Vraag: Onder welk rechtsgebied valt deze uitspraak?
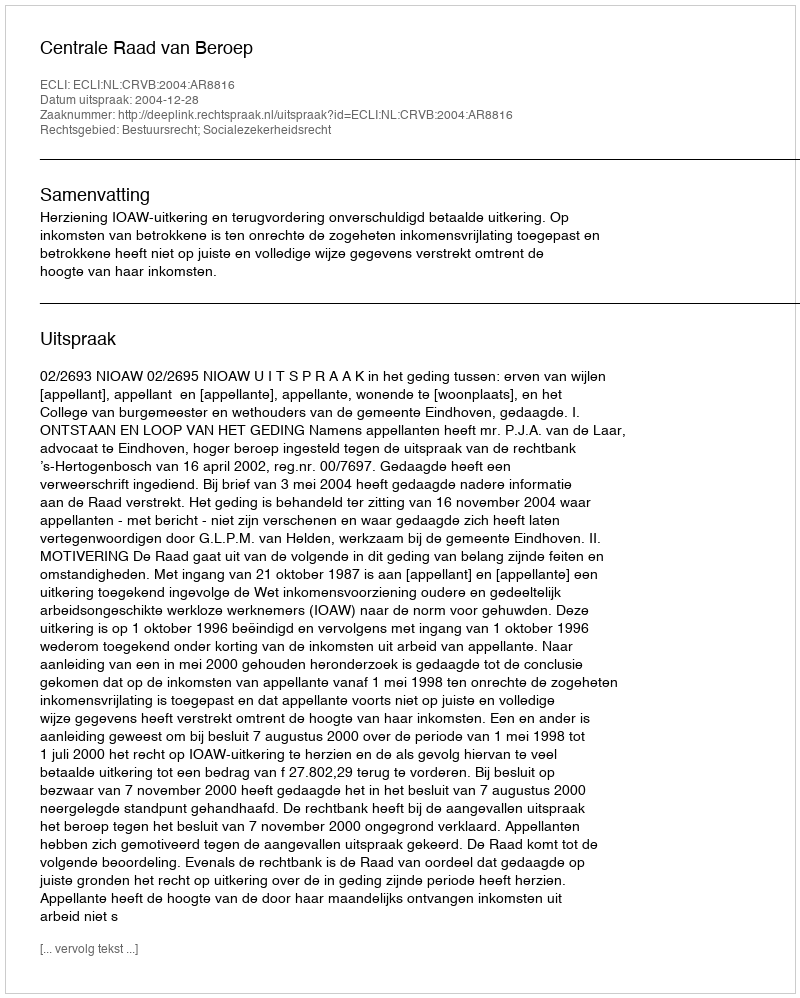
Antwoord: Bestuursrecht; Socialezekerheidsrecht